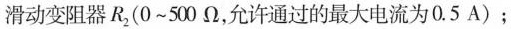
滑动变阻器R_{2} (0~500 Ω，允许通过的最大电流为 0. 5 A)；